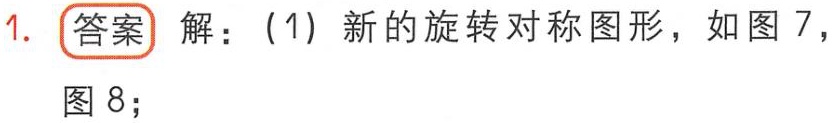
1. **答案** 解：(1) 新的旋转对称图形，如图 7，图 8；